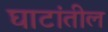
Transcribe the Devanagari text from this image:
घाटांतील